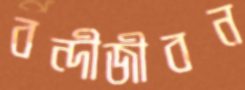
বন্দীজীবন